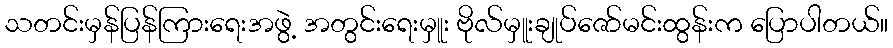
သတင်းမှန်ပြန်ကြားရေးအဖွဲ့ အတွင်းရေးမှူး ဗိုလ်မှူးချုပ်ဇော်မင်းထွန်းက ပြောပါတယ်။